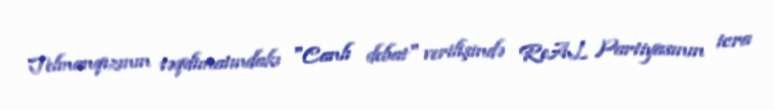
Telmanqızının təqdimatındakı "Canlı debat" verilişində ReAL Partiyasının icra